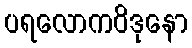
ပရလောကဝိဒုနော